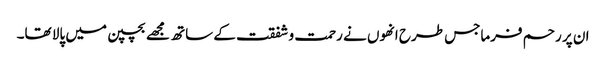
ان پر رحم فرماجس طرح انھوں نے رحمت و شفقت کے ساتھ مجھے بچپن میں پالا تھا۔